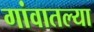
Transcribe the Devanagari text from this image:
गांवातल्या